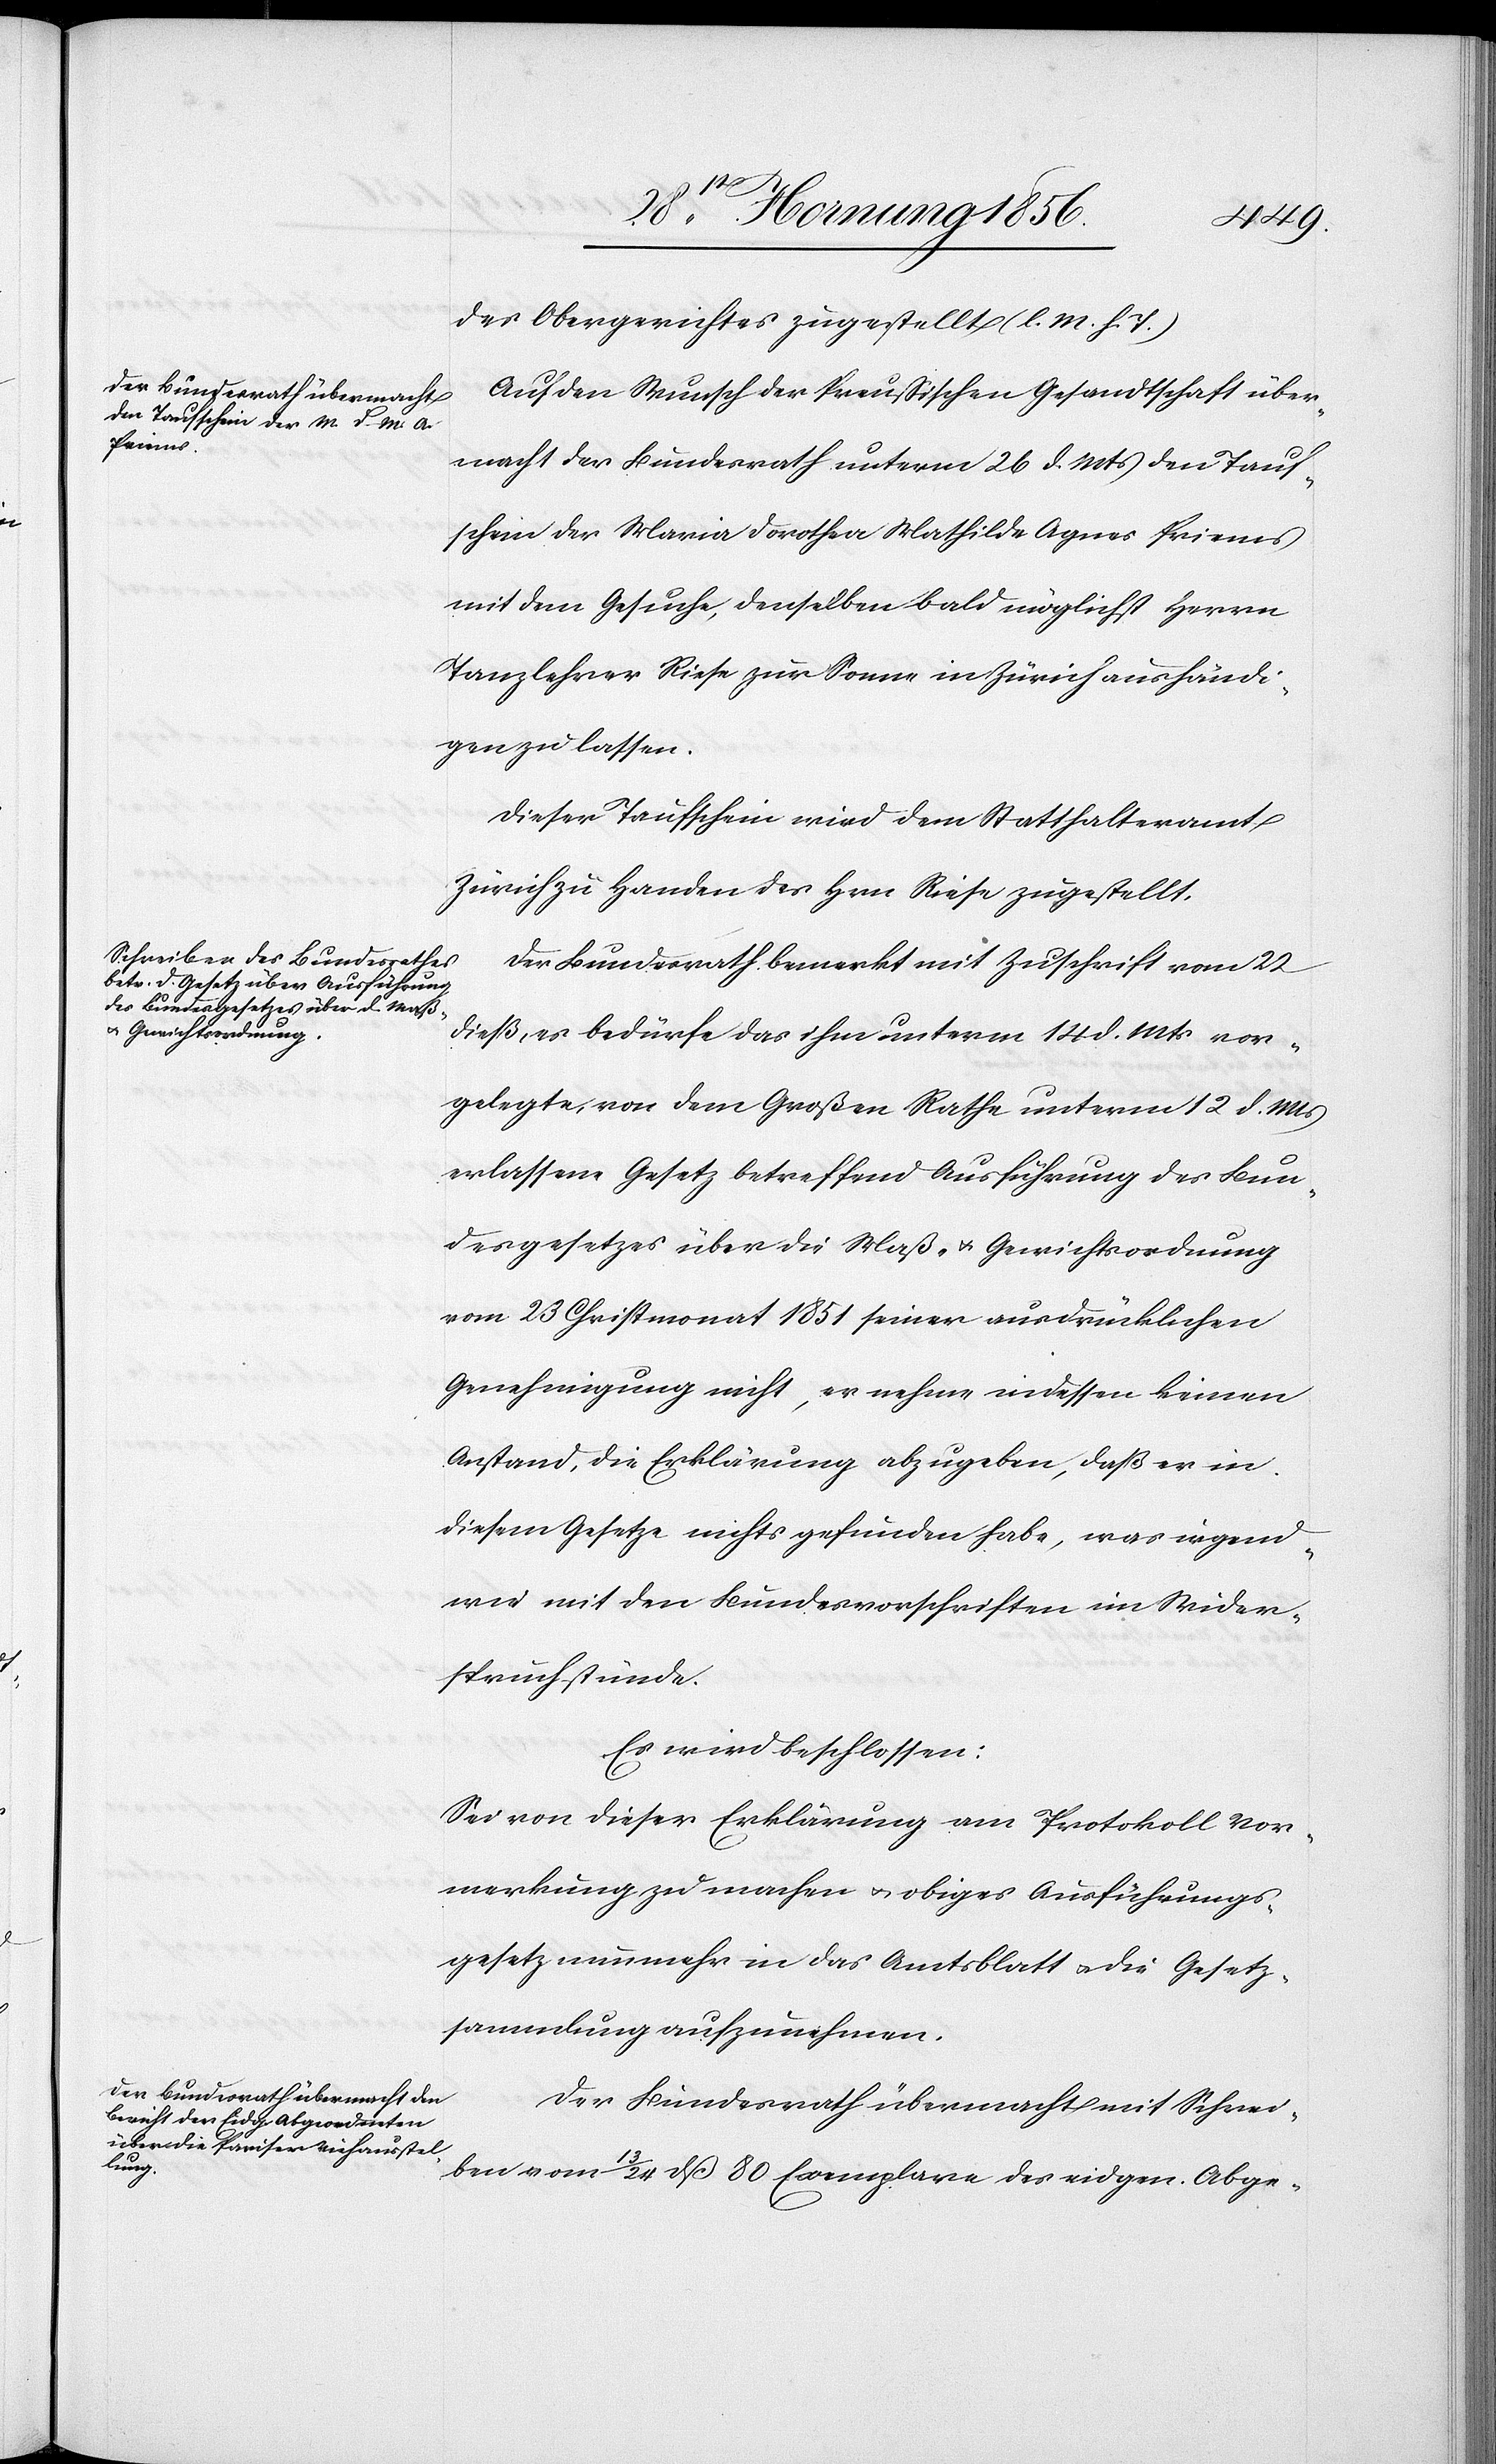
des Obergerichtes zugestellt. (l. M. h. T.)
Auf den Wunsch der Preußischen Gesandtschaft über¬
macht der Bundesrath unterm 26 d. Mts den Tauf¬
schein der Maria Dorothea Mathilda Agnes Priems
mit dem Gesuche, denselben bald möglichst Herrn
Tanzlehrer Riese zur Sonne in Zürich aushändi¬
gen zu lassen.
Dieser Taufschein wir dem Statthalteramt
Zürich zu Handen des Hrn Riese zugestellt.
Der Bundesrath bemerkt mit Zuschrift vom 22
dieß, es bedürfe das ihm unterm 14 d. Mts vor¬
gelegte, von dem Großen Rathe unterm 12 d. Mts
erlassene Gesetz betreffend Ausführung des Bun¬
desgesetzes über die Maß- u. Gewichtsordnung
vom 23 Christmonat 1851 seiner ausdrücklichen
Genehmigung nicht, er nehme indessen keinen
Anstand, die Erklärung abzugeben, daß er in
diesem Gesetze nichts gefunden habe, was irgend¬
wie mit den Bundesvorschriften im Wider¬
spruch stünde.
Es wird beschlossen:
Sei von dieser Erklärung am Protokoll Vor¬
merkung zu machen u. obiges Ausführungs¬
gesetz nunmehr in das Amtsblatt u. die Gesetz¬
sammlung aufzunehmen.
Der Bundesrath übermacht mit Schrei¬
ben vom 13/24 dß 80 Exemplare des eidgen. Abge-